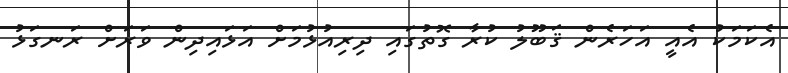
އެކަމަކު އެއީ އަހަރެން ޤަބޫލު ކުރާ ގޮތުގައި ދިރިއުޅުމަށް އަޅައިދިން ވަރަށް ރަނގަޅު